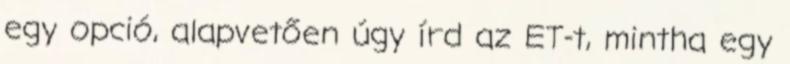
egy opció, alapvetően úgy írd az ET-t, mintha egy